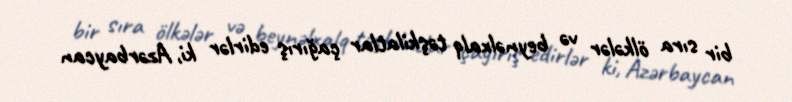
bir sıra ölkələr və beynəlxalq təşkilatlar çağırış edirlər ki, Azərbaycan